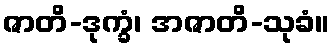
ဇာတိ-ဒုက္ခံ၊ အဇာတိ-သုခံ။